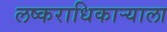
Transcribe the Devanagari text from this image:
लष्कराधिकाऱ्याला